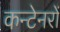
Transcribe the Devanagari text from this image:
कन्टेनरों